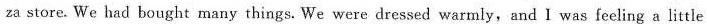
za store. We had bought many things. We were dressed warmly, and I was feeling a little